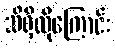
သိရှိလိုကြောင်း